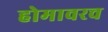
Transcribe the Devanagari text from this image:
होमावरच